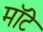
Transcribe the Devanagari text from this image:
मॉटे